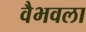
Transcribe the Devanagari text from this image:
वैभवला